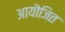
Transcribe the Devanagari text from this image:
आयॊजित